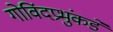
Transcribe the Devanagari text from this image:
गोविंदप्रभुंकडे